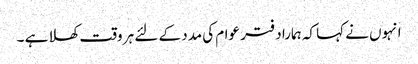
انہوں نے کہا کہ ہمارا دفتر عوام کی مدد کے لئے ہر وقت کھلا ہے ۔